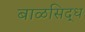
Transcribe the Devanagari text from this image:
बाळसिद्ध